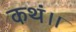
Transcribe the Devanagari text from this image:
कथं।।